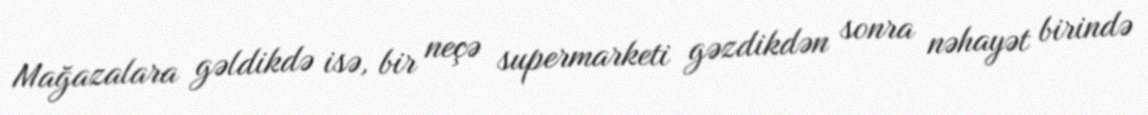
Mağazalara gəldikdə isə, bir neçə supermarketi gəzdikdən sonra nəhayət birində